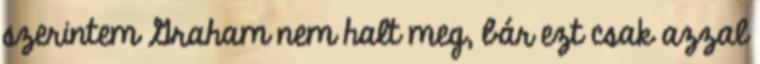
szerintem Graham nem halt meg, bár ezt csak azzal